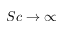
S c \to \infty